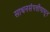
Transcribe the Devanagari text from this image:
साधनसंपत्तीपासून